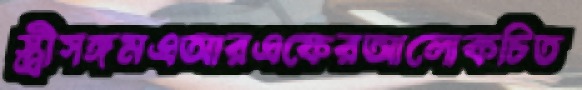
স্ত্রীসঙ্গমএআরএফেরআলোকচিত